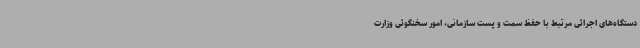
دستگاه‌های اجرائی مرتبط با حفظ سمت و پست سازمانی، امور سخنگوئی وزارت